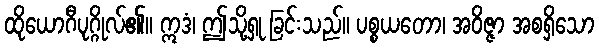
ထိုယောဂီပုဂ္ဂိုလ်၏။ ဣဒံ၊ ဤသို့ရှု ခြင်းသည်။ ပစ္စယတော၊ အဝိဇ္ဇာ အစရှိသော